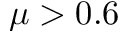
\mu > 0 . 6